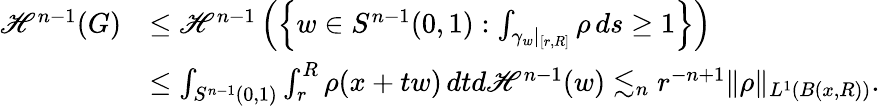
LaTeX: \begin{array}{rl}{\mathscr H^{n-1}(G)}&{\leq\mathscr H^{n-1}\left(\left\{ w\in S^{n-1}(0,1):\int_{\gamma_{w}|_{[r,R]}}\rho\, ds\geq 1\right\} \right)}\\ &{\leq\int_{S^{n-1}(0,1)}\int_{r}^{R}\rho(x+tw)\, dtd\mathscr H^{n-1}(w)\lesssim_{n}r^{-n+1}\| \rho\| _{L^{1}(B(x,R))}.}\end{array}